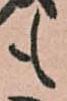
も